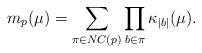
LaTeX: \begin{align*}m_{p}(\mu)=\sum_{\pi\in NC(p)}\prod_{b\in\pi} \kappa_{|b|}(\mu).\end{align*}